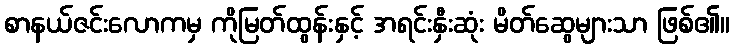
စာနယ်ဇင်းလောကမှ ကိုမြတ်ထွန်းနှင့် အရင်းနှီးဆုံး မိတ်ဆွေများသာ ဖြစ်၏။